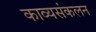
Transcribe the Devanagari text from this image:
काव्यसंकलन